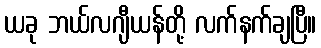
ယခု ဘယ်လဂျီယန်တို့ လက်နက်ချပြီ။